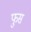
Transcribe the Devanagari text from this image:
फुस